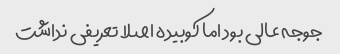
جوجه عالی بود اما کوبیده اصلا تعریفی نداشت